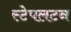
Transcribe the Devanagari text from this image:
स्टेपलटन